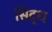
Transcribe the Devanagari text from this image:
सिद्‌ध